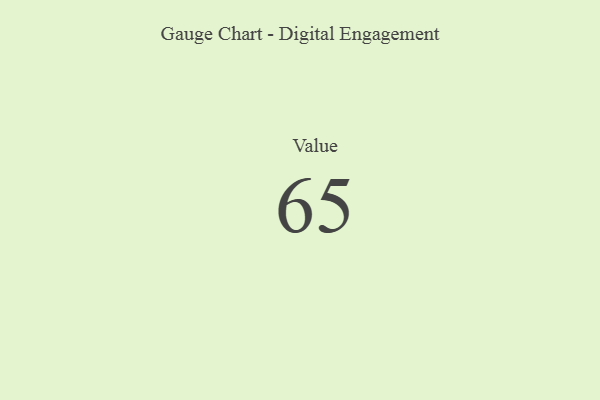
{"axis": {"x": "Metric", "y": "Value"}, "legend": [""], "data": [{"x": "Value", "y": 65, "type": ""}]}